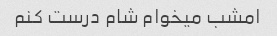
امشب میخوام شام درست کنم